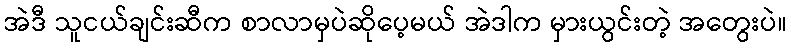
အဲဒီ သူငယ်ချင်းဆီက စာလာမှပဲဆိုပေ့မယ် အဲဒါက မှားယွင်းတဲ့ အတွေးပဲ။